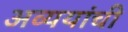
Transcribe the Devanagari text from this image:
अव्ययांची